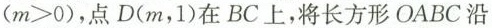
($$m>0$$)，点D(m，1)在BC上，将长方形OABC沿